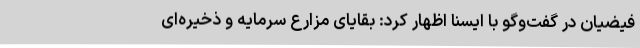
فیضیان در گفت‌وگو با ایسنا اظهار کرد: بقایای مزارع سرمایه و ذخیره‌ای